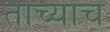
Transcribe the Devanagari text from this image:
ताच्याच